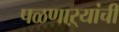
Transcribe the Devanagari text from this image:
पळणाऱ्यांची